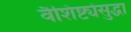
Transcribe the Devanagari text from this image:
वैशिष्ट्येसुद्धा